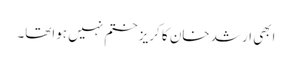
ابھی ارشد خان کا کریز ختم نہیں ہواتھا۔